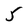
Character: 5